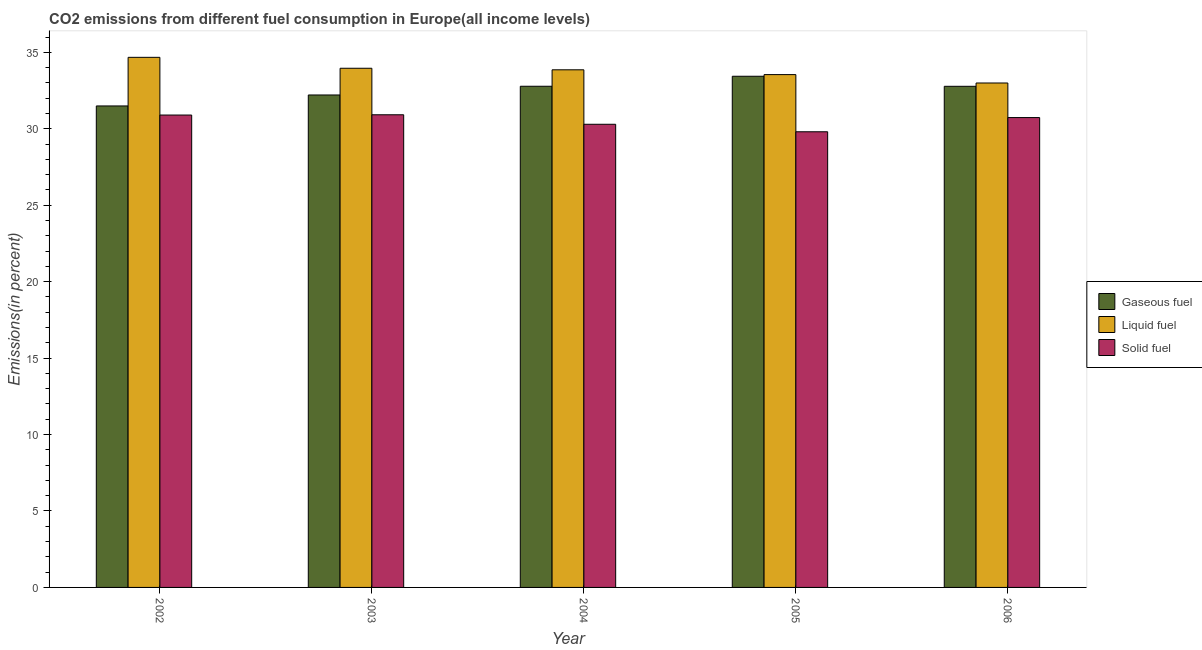
| Year | Gaseous fuel | Liquid fuel | Solid fuel |
 | --- | --- | --- | --- |
 | 2002 | 31.5 | 34.7 | 30.9 |
 | 2003 | 32.2 | 34 | 30.9 |
 | 2004 | 32.8 | 33.9 | 30.3 |
 | 2005 | 33.4 | 33.5 | 29.8 |
 | 2006 | 32.8 | 33 | 30.7 |